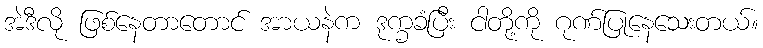
အဲဒီလို ဖြစ်နေတာတောင် အာယနဲက ဒုက္ခခံပြီး ငါတို့ကို ဂုဏ်ပြုနေသေးတယ်။